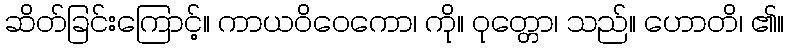
ဆိတ်ခြင်းကြောင့်။ ကာယဝိဝေကော၊ ကို။ ဝုတ္တော၊ သည်။ ဟောတိ၊ ၏။